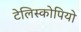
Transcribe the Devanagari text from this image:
टेलिस्कोपियो